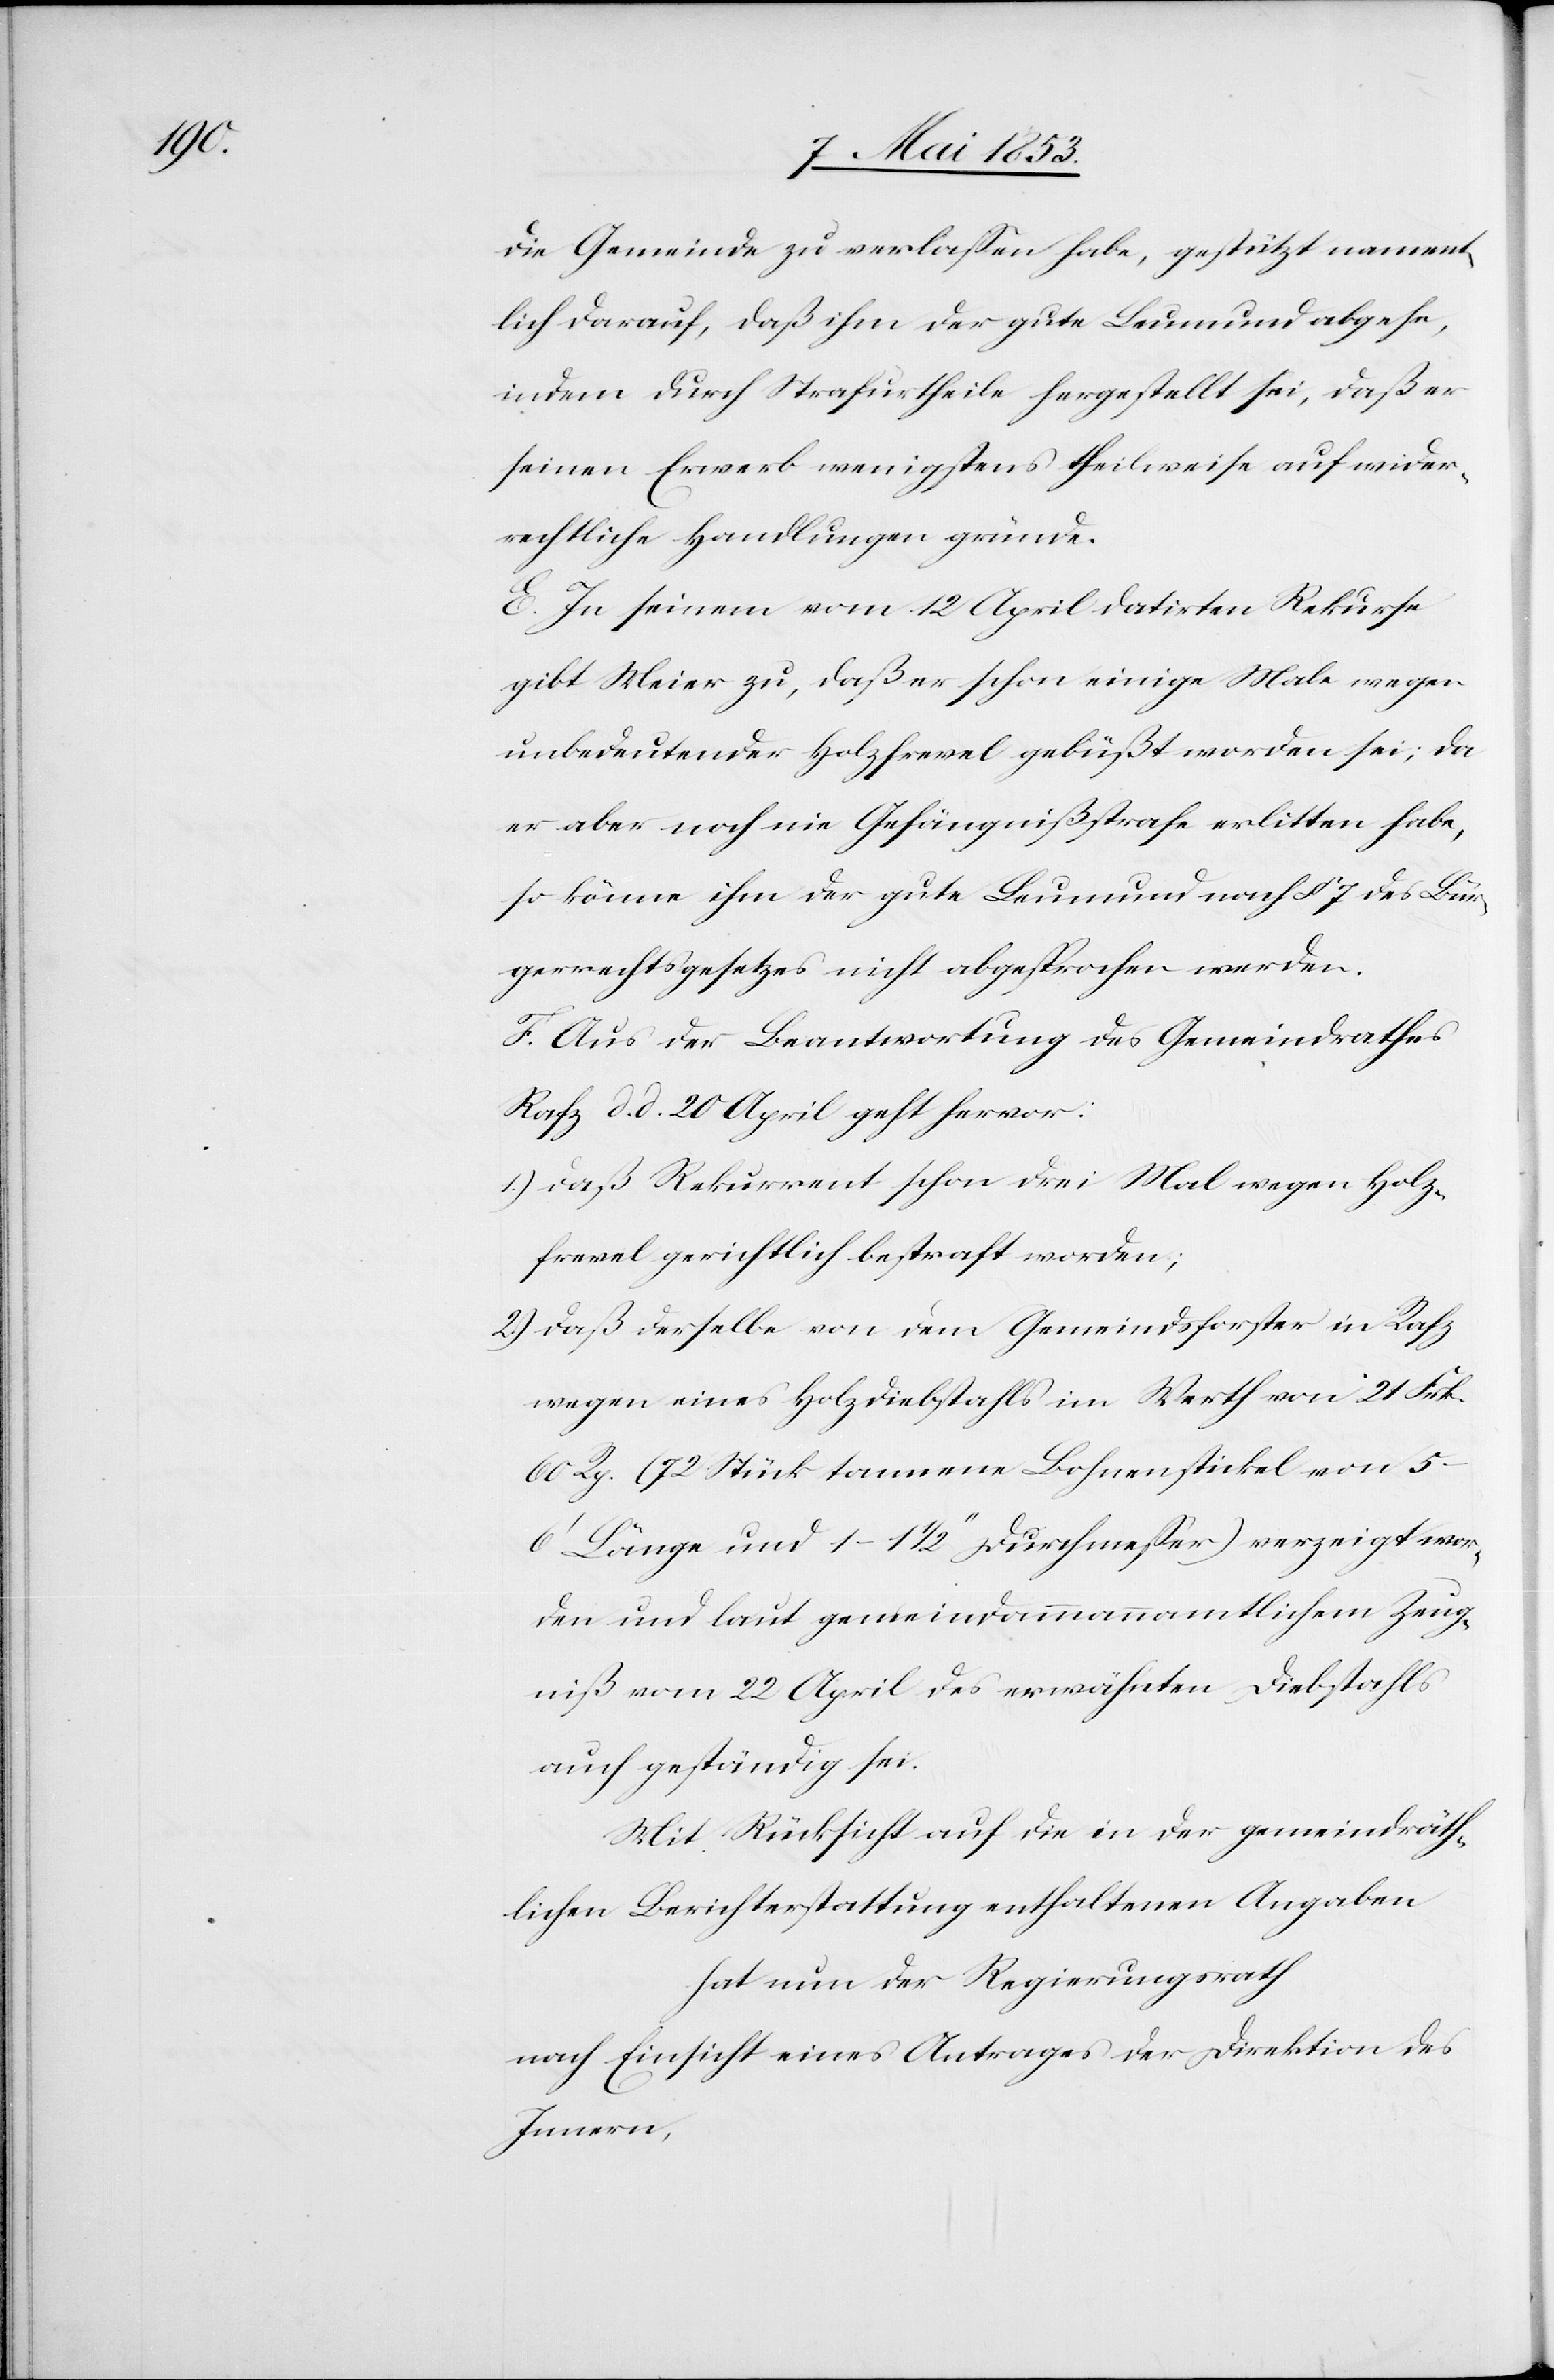
die Gemeinde zu verlaßen habe, gestützt nament¬
lich darauf, daß ihm der gute Leumund abgehe,
indem durch Strafurtheile hergestellt sei, daß er
seinen Erwerb wenigstens theilweise auf wider¬
rechtliche Handlungen gründe.
E. In seinem vom 12 April datirten Rekurse
gibt Meier zu, daß er schon einige Male wegen
unbedeutender Holzfrevel gebüßt worden sei, da
er aber noch nie Gefängnißstrafe erlitten habe,
so könne ihm der gute Leumund nach § 7 des Bür¬
gerrechtsgesetzes nicht abgesprochen werden.
F. Aus der Beantwortung des Gemeindrathes
Rafz d. d. 20 April geht hervor:
1.) daß Rekurrent schon drei Mal wegen Holz¬
frevel gerichtlich bestraft worden;
2.) daß derselbe von dem Gemeindsforster in Rafz
wegen eines Holzdiebstahls im Werth von 21 Frk.
60 Rp. (72 Stück tannene Bohnenstickel von 5–6’
Länge und 1–1 1/2 “ Durchmeßer) verzeigt wor¬
den und laut gemeindammannamatlichem Zeug¬
niß vom 22 April des erwähnten Diebstahls
auch geständig sei.
Mit Rücksicht auf die in der gemeindräth¬
lichen Berichterstattung enthaltenen Angaben
hat nun der Regierungsrath
nach Einsicht eines Antrages der Direktion des
Innern,